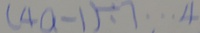
( 4 a - 1 ) \div 7 \cdots 4